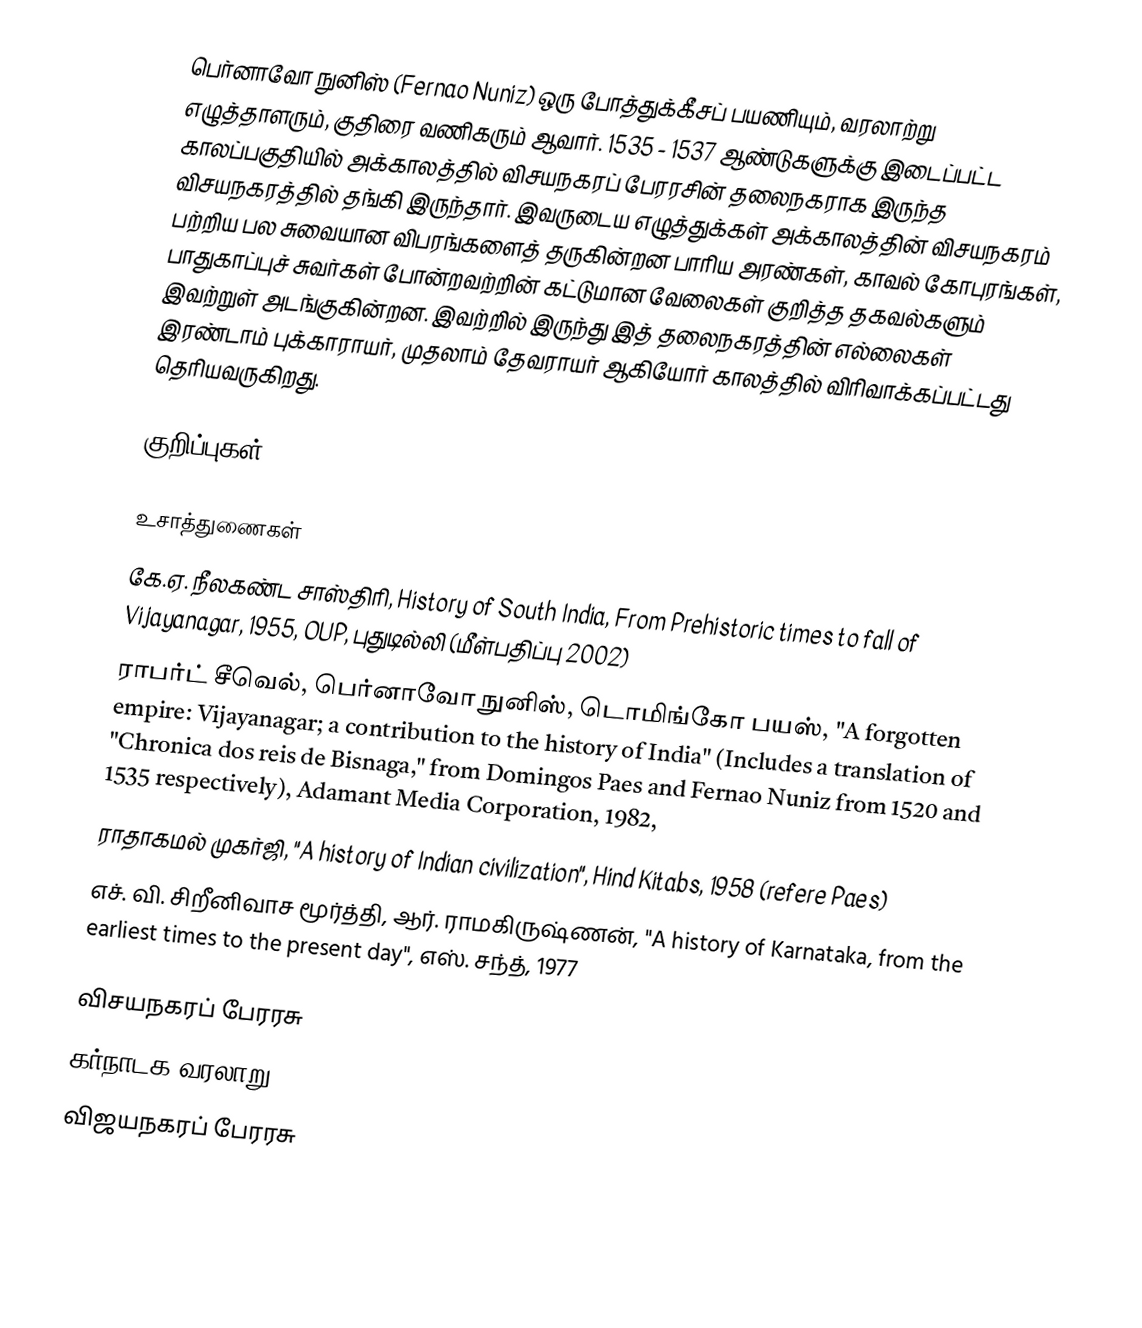
பெர்னாவோ நுனிஸ் (Fernao Nuniz) ஒரு போத்துக்கீசப் பயணியும், வரலாற்று எழுத்தாளரும், குதிரை வணிகரும் ஆவார். 1535 - 1537 ஆண்டுகளுக்கு இடைப்பட்ட காலப்பகுதியில் அக்காலத்தில் விசயநகரப் பேரரசின் தலைநகராக இருந்த விசயநகரத்தில் தங்கி இருந்தார். இவருடைய எழுத்துக்கள் அக்காலத்தின் விசயநகரம் பற்றிய பல சுவையான விபரங்களைத் தருகின்றன பாரிய அரண்கள், காவல் கோபுரங்கள், பாதுகாப்புச் சுவர்கள் போன்றவற்றின் கட்டுமான வேலைகள் குறித்த தகவல்களும் இவற்றுள் அடங்குகின்றன. இவற்றில் இருந்து இத் தலைநகரத்தின் எல்லைகள் இரண்டாம் புக்காராயர், முதலாம் தேவராயர் ஆகியோர் காலத்தில் விரிவாக்கப்பட்டது தெரியவருகிறது.

குறிப்புகள்

உசாத்துணைகள்
 கே.ஏ. நீலகண்ட சாஸ்திரி, History of South India, From Prehistoric times to fall of Vijayanagar, 1955, OUP, புதுடில்லி (மீள்பதிப்பு 2002)
 ராபர்ட் சீவெல், பெர்னாவோ நுனிஸ், டொமிங்கோ பயஸ், "A forgotten empire: Vijayanagar; a contribution to the history of India" (Includes a translation of "Chronica dos reis de Bisnaga," from Domingos Paes and Fernao Nuniz from 1520 and 1535 respectively), Adamant Media Corporation, 1982,
 ராதாகமல் முகர்ஜி, "A history of Indian civilization", Hind Kitabs, 1958 (refere Paes)
 எச். வி. சிறீனிவாச மூர்த்தி, ஆர். ராமகிருஷ்ணன், "A history of Karnataka, from the earliest times to the present day", எஸ். சந்த், 1977

விசயநகரப் பேரரசு
கர்நாடக வரலாறு
விஜயநகரப் பேரரசு